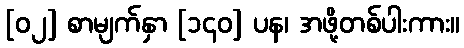
[၀၂] စာမျက်နှာ [၁၄၀] ပန၊ အဖို့တစ်ပါးကား။